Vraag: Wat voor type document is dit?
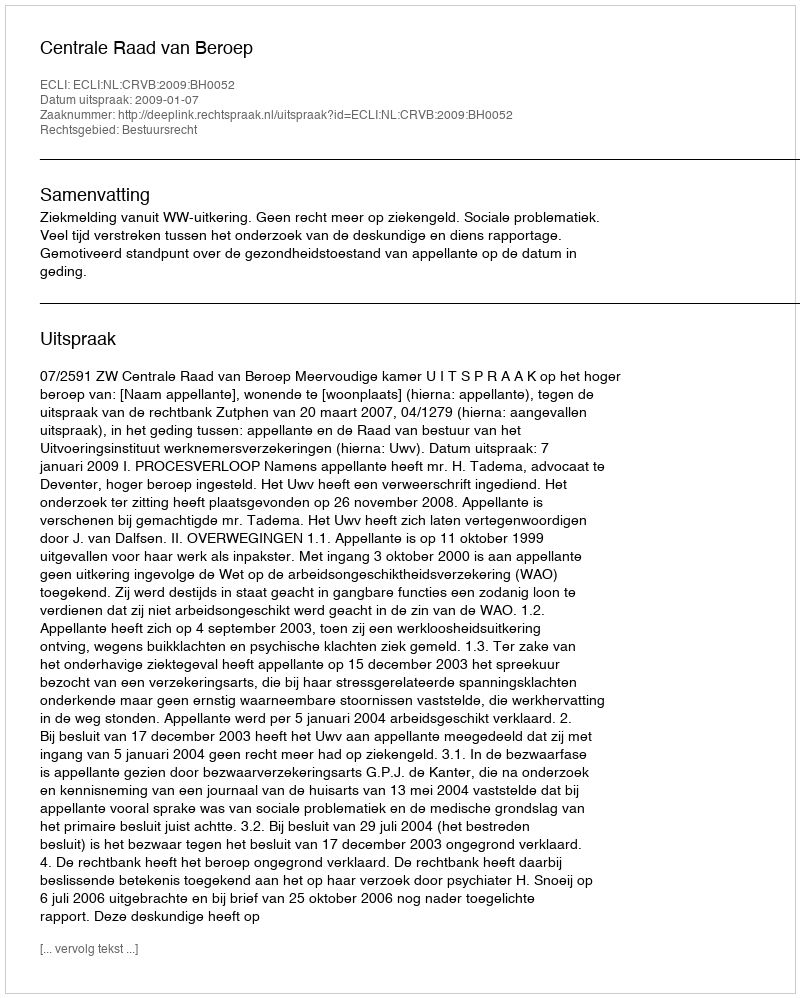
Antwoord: Uitspraak